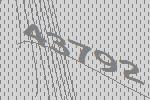
43792